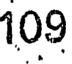
109